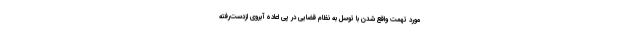
مورد تهمت واقع شدن با توسل به نظام قضایی در پی اعاده آبروی ازدست‌رفته